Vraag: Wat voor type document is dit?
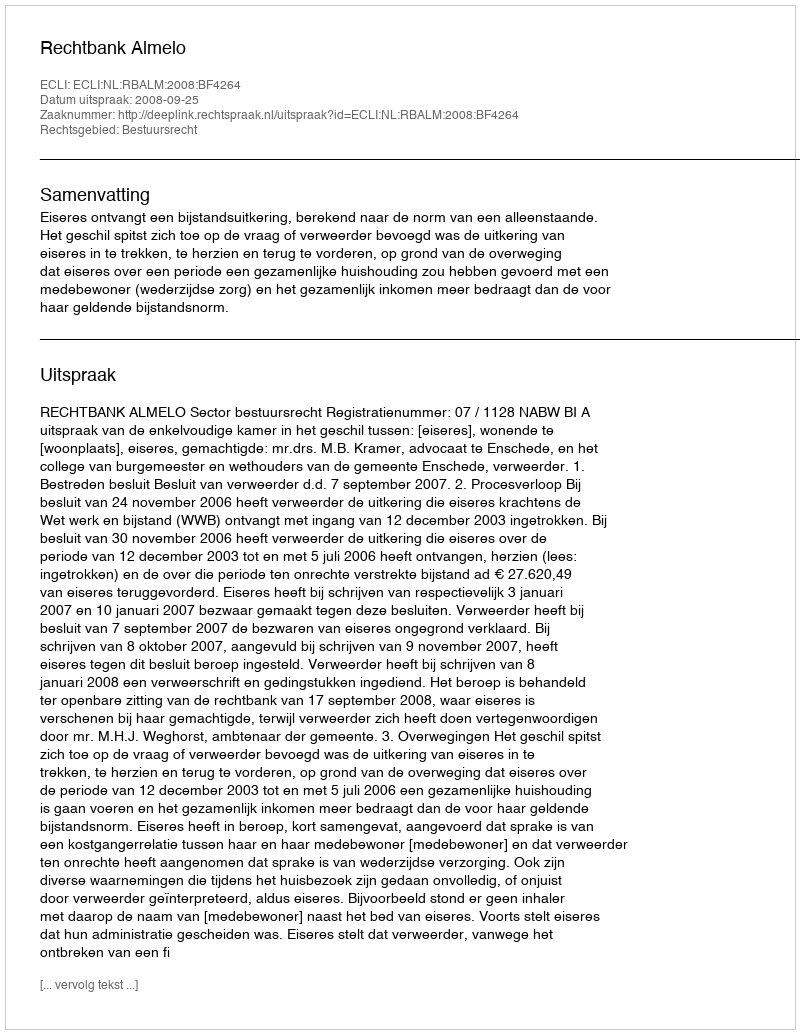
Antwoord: Uitspraak